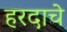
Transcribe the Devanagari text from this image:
हरदाचे